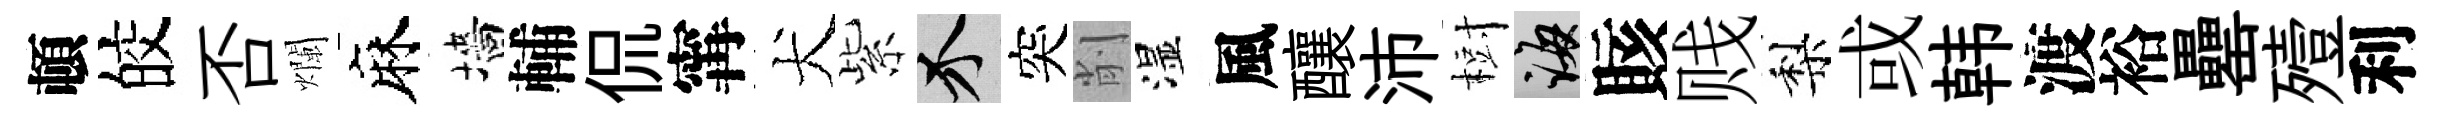
頓皎否爛麻墻輔侃𡩋犬紫介突削湿風釀沛𣗳誨賅贱梨或韩渡裕罍殪利